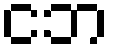
ငဘ